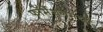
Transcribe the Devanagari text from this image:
फॉर्मेशनमध्ये